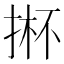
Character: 𱠈